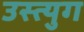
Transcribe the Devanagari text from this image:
उस्त्युग